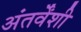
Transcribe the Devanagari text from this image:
अंतर्वेंशी